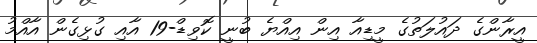
އީރާންގެ ދައުލަތުގެ މީޑިއާ އިން އިއްޔެ ބުނީ ކޮވިޑް-19 އާއި ގުޅިގެން އާއްމު